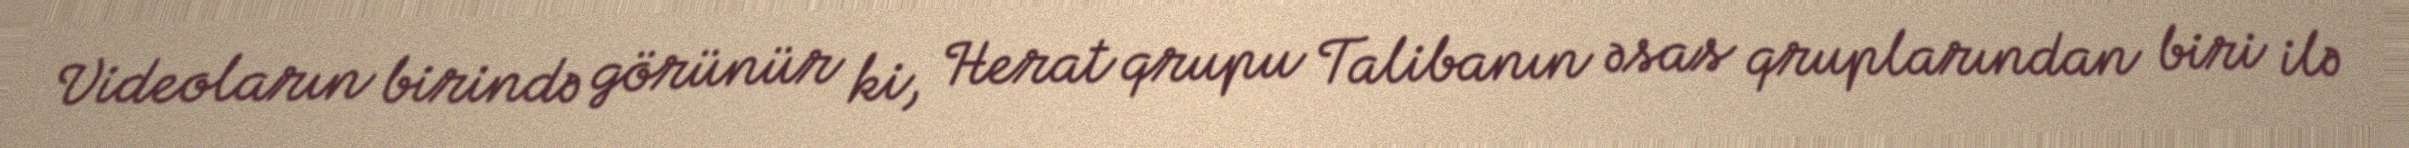
Videoların birində görünür ki, Herat qrupu Talibanın əsas qruplarından biri ilə